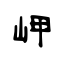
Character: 岬